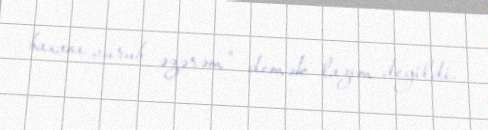
baxanı vurub əzərəm" demək lazım deyildi.